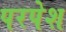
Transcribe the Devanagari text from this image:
परपेश